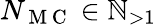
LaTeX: N_{\mathrm{~M~C~}}\in\mathbb{N}_{>1}